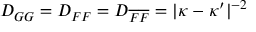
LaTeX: D _ { G G } = D _ { F F } = D _ { \overline { { F } } \overline { { F } } } = \vert \kappa - \kappa ^ { \prime } \vert ^ { - 2 }